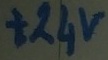
Text: +24v